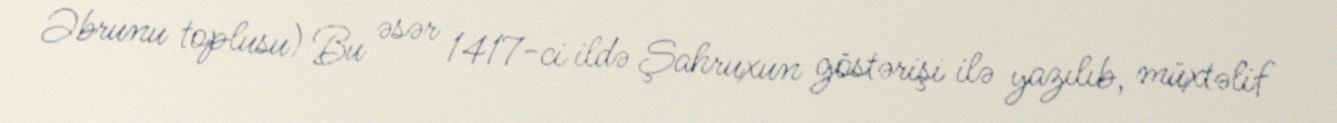
Əbrunu toplusu) Bu əsər 1417-ci ildə Şahruxun göstərişi ilə yazılıb, müxtəlif